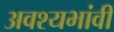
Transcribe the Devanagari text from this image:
अवश्यभांवी